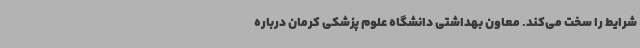
شرایط را سخت می‌کند. معاون بهداشتی دانشگاه علوم پزشکی کرمان درباره